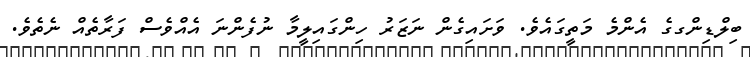
ބިލްޑިންގގެ އެންމެ މަތީގައެވެ. ވަށައިގެން ނަޒަރު ހިންގައިލީމާ ނުފެންނަ އެއްވެސް ފަރާތެއް ނެތެވެ.